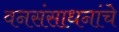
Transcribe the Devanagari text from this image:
वनसंसाधनांचे